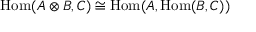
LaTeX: { \mathrm { H o m } } ( A \otimes B , C ) \cong { \mathrm { H o m } } ( A , { \mathrm { H o m } } ( B , C ) )